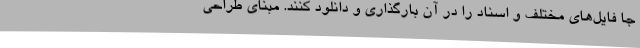
جا فایل‌های مختلف و اسناد را در آن بارگذاری و دانلود کنند. مبنای طراحی